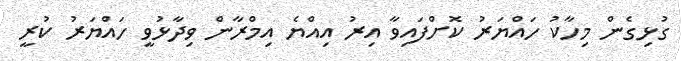
ގުޅިގެން މިހާކު ހައްޔަރު ކޮށްފައިވާ އިރު އިއްޔެ އިމްރާން ވިދާޅުވީ ހައްޔަރު ކުރީ